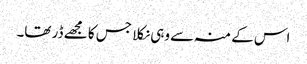
اس کے منہ سے وہی نکلا جس کا مجھے ڈر تھا۔